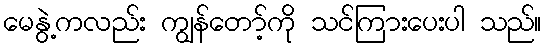
မေနွဲ့ကလည်း ကျွန်တော့်ကို သင်ကြားပေးပါ သည်။